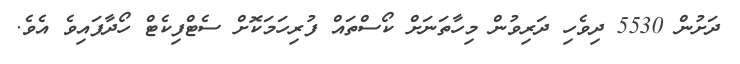
ދަށުން 5530 ދިވެހި ދަރިވުން މިހާތަނަށް ކޯސްތައް ފުރިހަމަކޮށް ސެޓްފިކެޓް ހޯދާފައިވެ އެވެ.